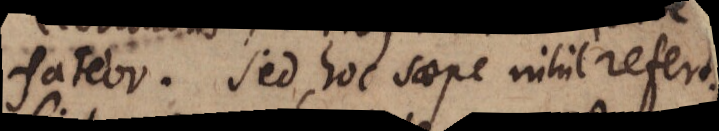
fateor. Sed hoc saepe nihil refert.